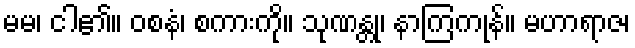
မမ၊ ငါ၏။ ဝစနံ၊ စကားကို။ သုဏန္တု၊ နာကြကုန်။ မဟာရာဇ၊